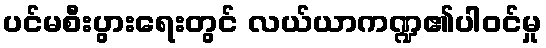
ပင်မစီးပွားရေးတွင် လယ်ယာကဏ္ဍ၏ပါဝင်မှု